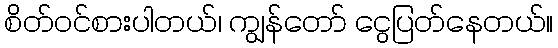
စိတ်ဝင်စားပါတယ်၊ ကျွန်တော် ငွေပြတ်နေတယ်။